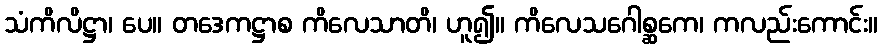
သံကိလိဋ္ဌာ၊ ပေ။ တဒေကဋ္ဌာစ ကိလေသာတိ၊ ဟူ၍။ ကိလေသဂေါစ္ဆကေ၊ ကလည်းကောင်း။